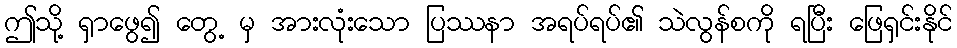
ဤသို့ ရှာဖွေ၍ တွေ့ မှ အားလုံးသော ပြဿနာ အရပ်ရပ်၏ သဲလွန်စကို ရပြီး ဖြေရှင်းနိုင်